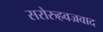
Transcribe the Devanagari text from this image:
सरोरुहवज्रवाद